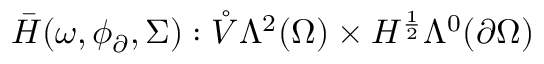
\bar { H } ( \omega , \phi _ { \partial } , \Sigma ) : \mathring { V } \Lambda ^ { 2 } ( \Omega ) \times H ^ { \frac { 1 } { 2 } } \Lambda ^ { 0 } ( \partial \Omega )